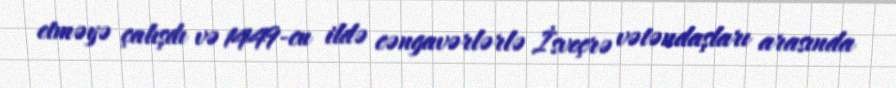
etməyə çalışdı və 1449-cu ildə cəngavərlərlə İsveçrə vətəndaşları arasında